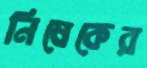
নিষেকের